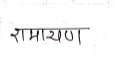
मजकूर: रामायण